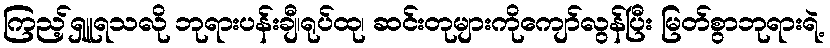
ကြည့်ရှူရသလို ဘုရားပန်းချီ၊ရုပ်ထု၊ ဆင်းတုများကိုကျော်လွန်ပြီး မြတ်စွာဘုရားရဲ့